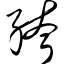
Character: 绔